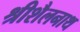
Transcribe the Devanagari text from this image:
श्रीशैलनाथ